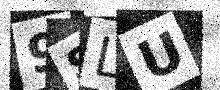
Text: 9SLU